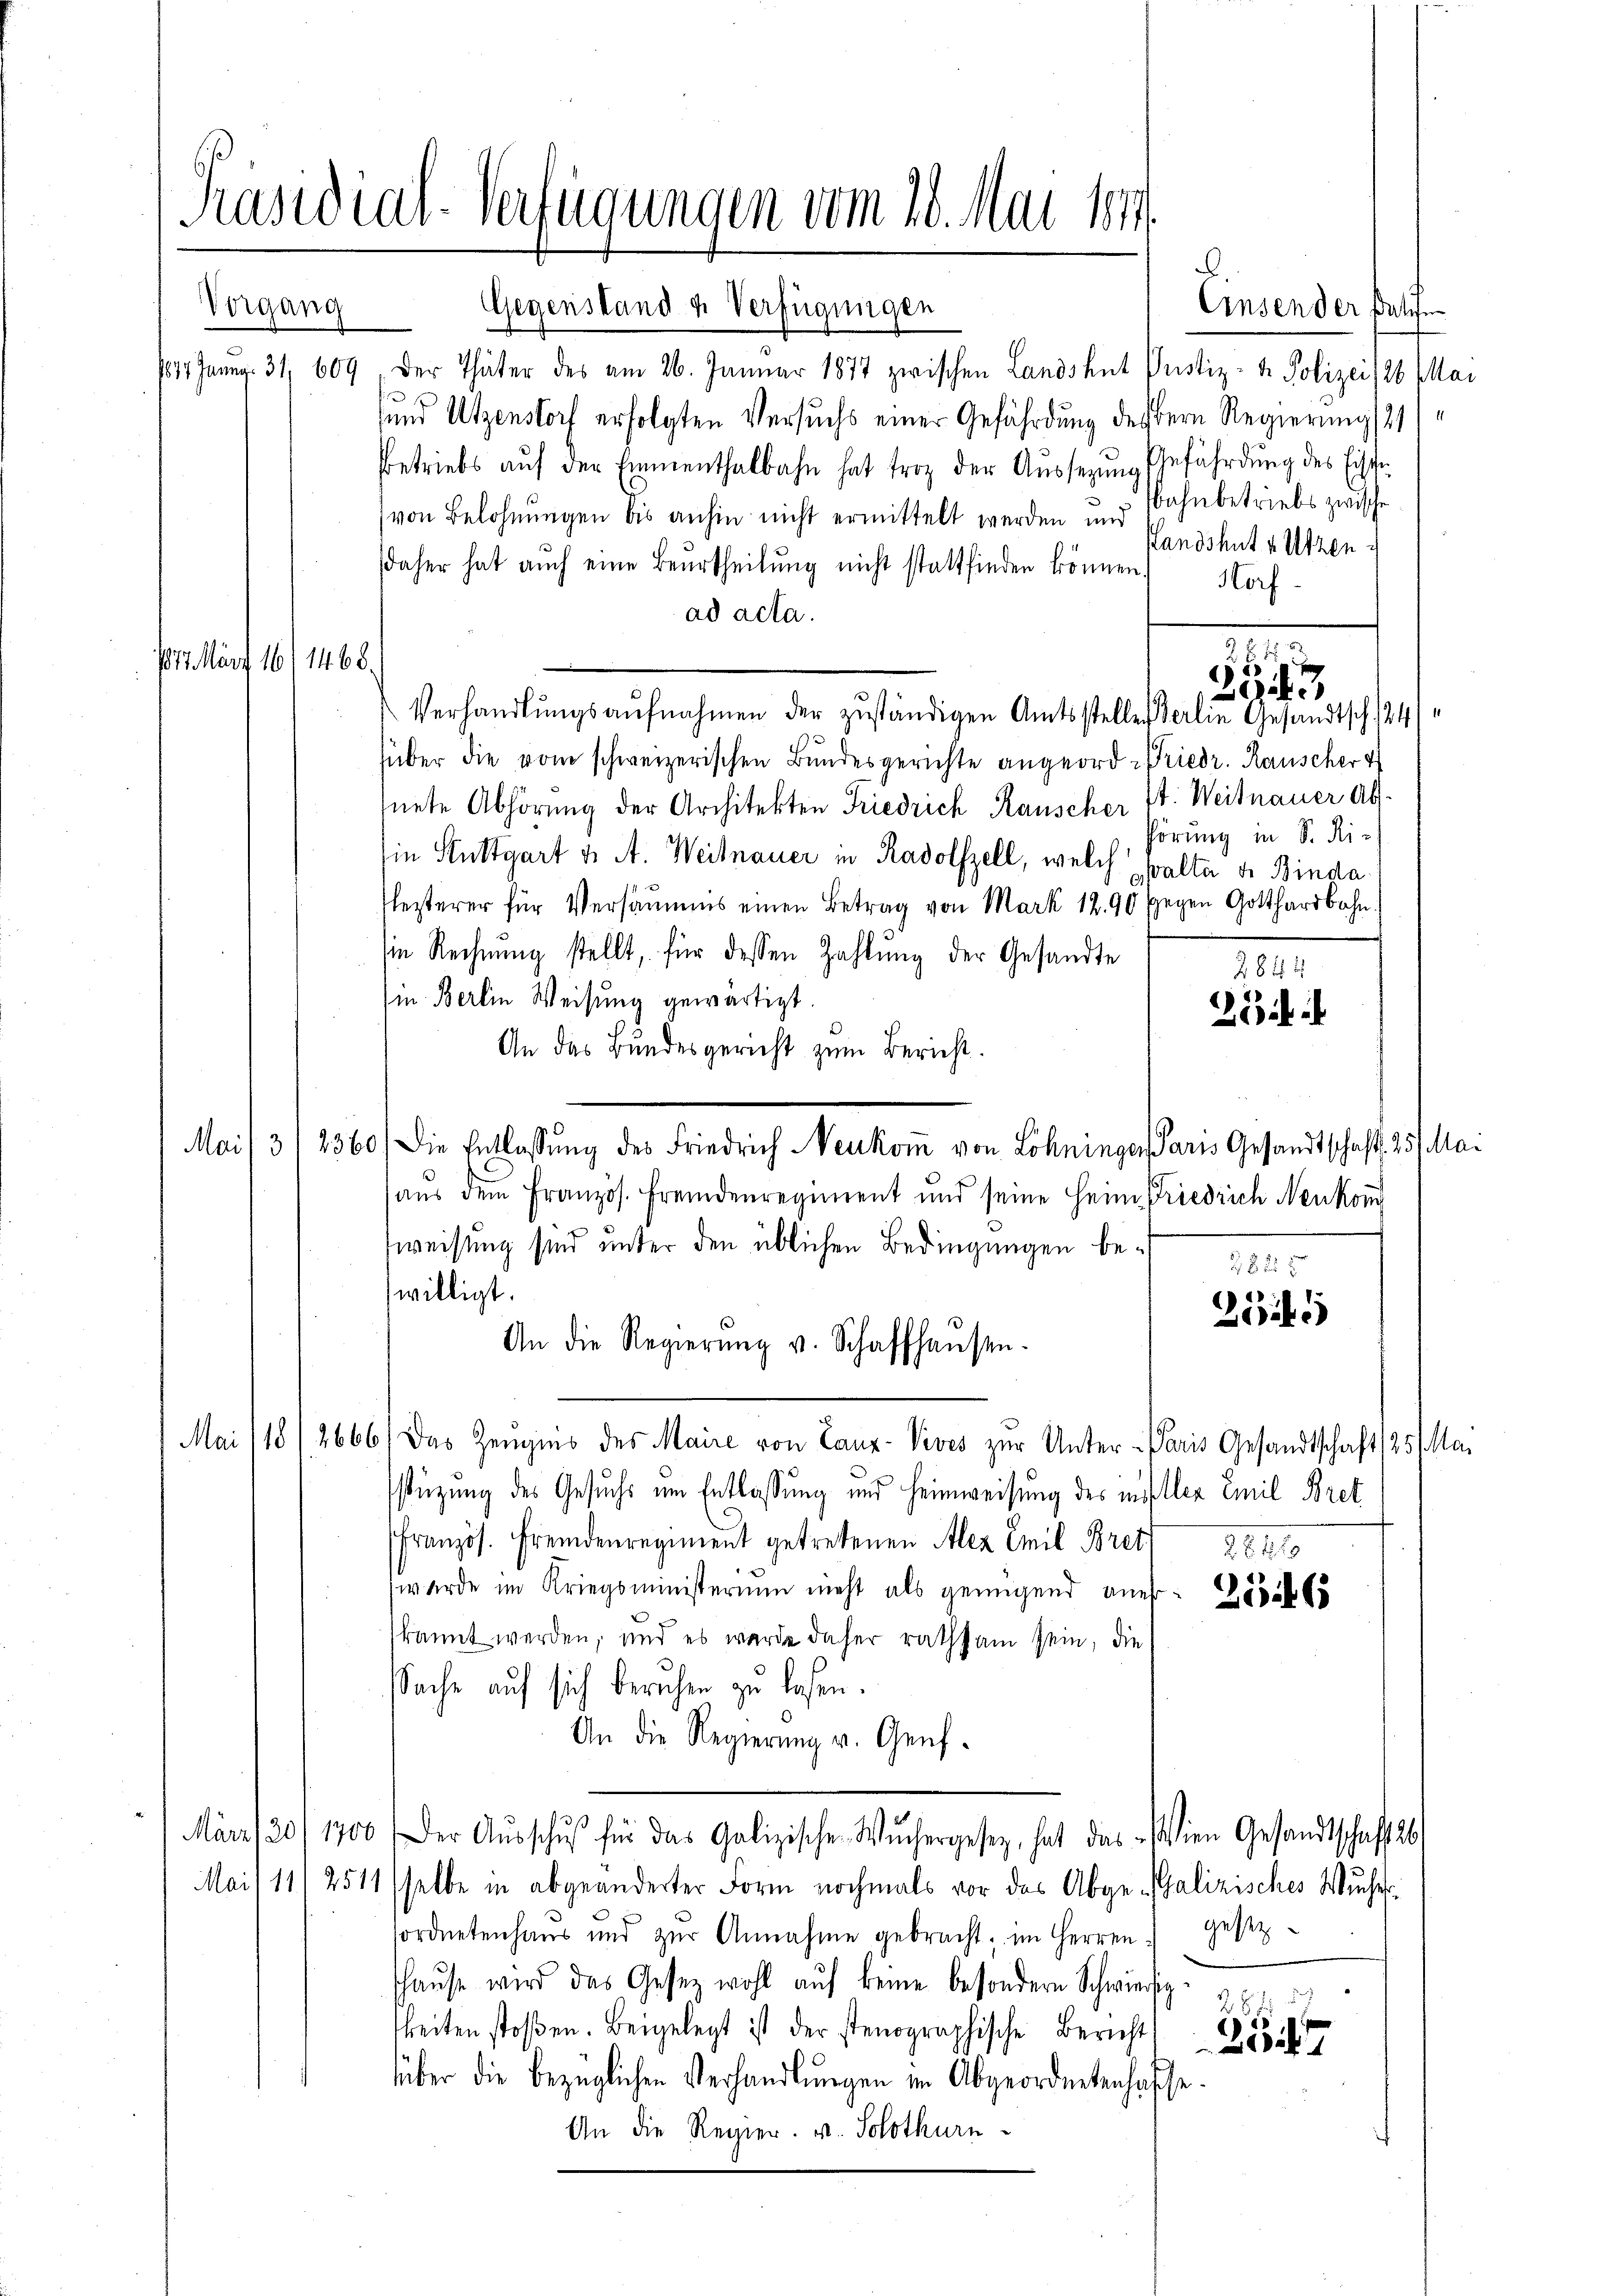
Präsidial-Verfügungen vom 20. Mai 1814.

Vorgang

Gegenstand u. Verfügungen
Einsender Palif
1817. Janny. 31, 609. Der Thäter des am 26. Januar 1877 zwischen Landshut Pustiz- & Polizei 126. Mai
und Utzenstorf erfolgten Versuchs einer Gefährdung des Bern Regierung 21
betriebs aŭf der Emmenthalbahn hat froh der Aussezung Gefährdung des Eische
(von Belohnungen bis anhin nicht ermittelt werden und Bahnbetriebs zwische
standshut u. Utzen
daher hat auch eine Beurtheilung nicht stattfinden können
Horf
ad acta.
Verhandlŭngsaŭfnahmen der zŭständigen Amtsstellen Berlin Gesandtsch 24
über die vom schweizerischen Bundesgerichte angeord- Friedr. Rauscher
nete Abhörung der Architekten Friedrich Rauscher 24. Weinauer ab.
hörung in S. Ri
in Stuttgart u. A. Weinauer in Radolfzell, welch walte de Binda
lezterer für Versäumens einen Betrag von Mark 1290 gegen Gotthardbahn
sie Rechnŭng stellt, für dessen Zahlŭng der Gesandte
2844
(in Berlin Weisung gewärtigt.
An das Bundesgericht zum Bericht.
2360
Die Entlassung des Friedrich Neukom von Löhninger Paris Gesandtschaft. 25. Mai
aŭs dem französ. Fremdenregiment und seine Heim Friedrich Neukom
weisung sind unter den üblichen Bedingungen bei 1025
willigt.
2
An die Regierŭng v. Schaffhaŭsen.
Mai (1812666/ Das Zeugnis des Maire von Lauz-Vives zur Unter-Paris Gesandtschaft (25. Ma-
stüzung des Gesuchs um Entlassung und Heimweisung des in Iller Emil Bret
französ. Fremdenregiment getretenen Alez Emil Breth 2827
wurde im Kriegsministerium nicht als genügend aner- Gesells
kannt werden, und es wurde daher rathsam sein, die
sSache auf sich beruhen zu lesen.
An die Regierŭng v. Genf.
März 30/1900 der Aŭsschŭβ für das Galizischen Wŭchergesez hat das Wien Gesandtschaftes
Mai/11/ 2511 selbe in abgeänderter Form nochmals vor des Abge-Galizisches Wuches
sordnetenhaus und zŭr Annahme gebracht; im Herren gesetz
haŭse wird das Gesetz wohl aŭf keine besondern Schwiesig zu.
keiten stoßen. Beigelegt ist der stenographische Bericht Zeit
über die bezüglichen Verhandlungen im Abgeordnetenhafte
An die Regier. u. Solothurn

1817. März 16/1468.

Mai/ 3

.

5
2043

23 i

e
4